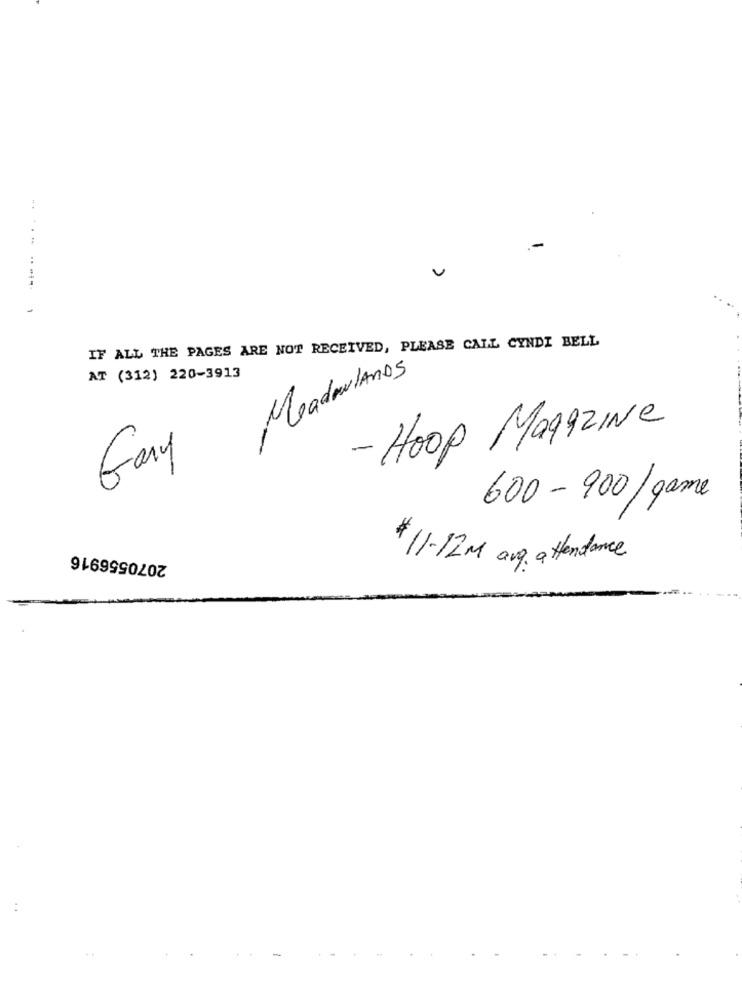
IF ALL THE PAGES ARE NOT RECEIVED, PLEASE CALL CYNDI BELL
Meadowlands
AT (312) 220-3913
- HOOP Magazine
Gary
600 -900/ game
2070556916
$11-12M ang attendance